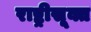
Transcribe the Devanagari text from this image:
राष्ट्रीसूक्त